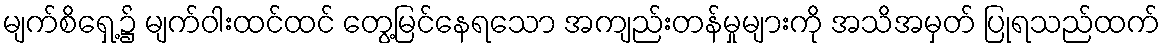
မျက်စိရှေ့၌ မျက်ဝါးထင်ထင် တွေ့မြင်နေရသော အကျည်းတန်မှုများကို အသိအမှတ် ပြုရသည်ထက်